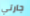
جارتي